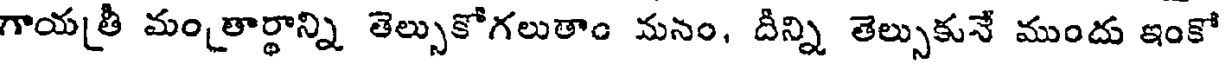
గాయత్రీ మంత్రార్థాన్ని తెల్సుకోగలుతాం మనం, దీన్ని తెల్సుకునే ముందు ఇంకో